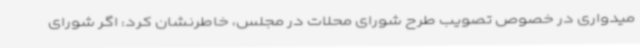
میدواری در خصوص تصویب طرح شورای محلات در مجلس، خاطرنشان کرد: اگر شورای